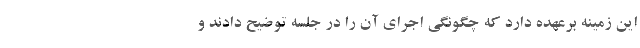
این زمینه برعهده دارد که چگونگی اجرای آن را در جلسه توضیح دادند و